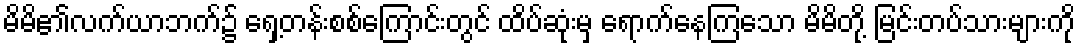
မိမိ၏လက်ယာဘက်၌ ရှေ့တန်းစစ်ကြောင်းတွင် ထိပ်ဆုံးမှ ရောက်နေကြသော မိမိတို့ မြင်းတပ်သားများကို